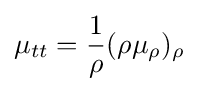
\mu _{tt}={\frac {1}{\rho }}(\rho \mu _{\rho })_{\rho }